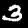
Digit: 3